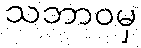
သဘာဝမှ